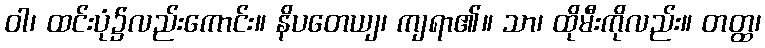
ဝါ၊ ထင်းပုံ၌လည်းကောင်း။ နိပတေယျ၊ ကျရာ၏။ သာ၊ ထိုမီးကိုလည်း။ တတ္ထ၊